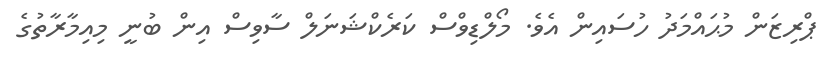
ޕްރިޒަން މުޙައްމަދު ހުސައިން އެވެ. މޯލްޑިވްސް ކަރެކްޝަނަލް ސާވިސް އިން ބުނީ މިއިމާރާތުގެ